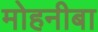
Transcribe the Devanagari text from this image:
मोहनीबा